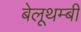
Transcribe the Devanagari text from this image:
बेलूथम्बी